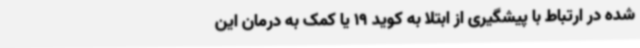
شده در ارتباط با پیشگیری از ابتلا به کوید 19 یا کمک به درمان این